Plague in India, 1896, 1897 - Volume 2
Year: 1896
Disease focus: Plague
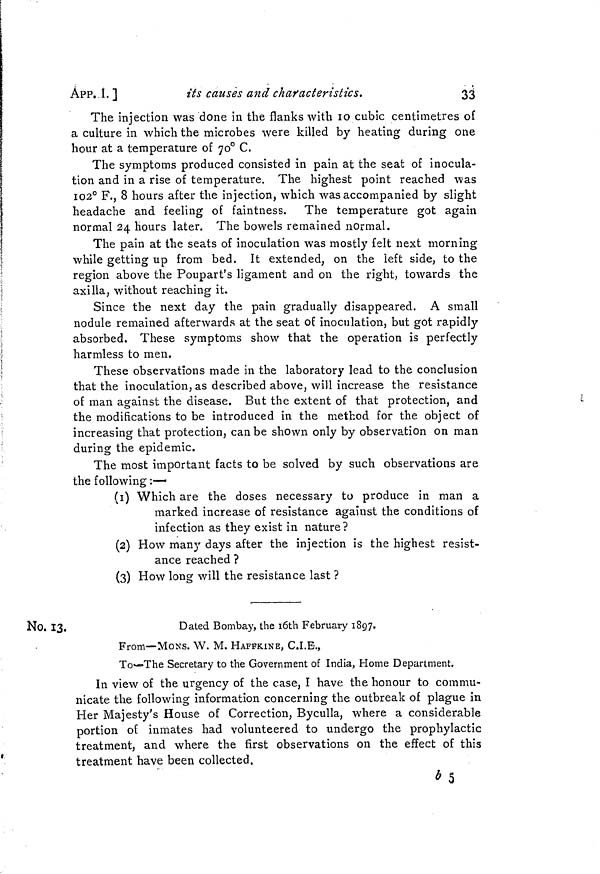
ÁPP. I. ]
its causes and characteristics.
33
The injection was done in the flanks with 10 cubic centimetres of
a culture in which the microbes were killed by heating during one
hour at a temperature of 70° C.
The symptoms produced consisted in pain at the seat of inocula-
tion and in a rise of temperature. The highest point reached was
102° F., 8 hours after the injection, which was accompanied by slight
headache and feeling of faintness. The temperature got again
normal 24 hours later. The bowels remained normal.
The pain at the seats of inoculation was mostly felt next morning
while getting up from bed. It extended, on the left side, to the
region above the Poupart's ligament and on the right, towards the
axilla, without reaching it.
Since the next day the pain gradually disappeared. A small
nodule remained afterwards at the seat of inoculation, but got rapidly
absorbed. These symptoms show that the operation is perfectly
harmless to men.
These observations made in the laboratory lead to the conclusion
that the inoculation, as described above, will increase the resistance
of man against the disease. But the extent of that protection, and
the modifications to be introduced in the method for the object of
increasing that protection, can be shown only by observation on man
during the epidemic.
The most important facts to be solved by such observations are
the following :—
(1) Which are the doses necessary to produce in man a
marked increase of resistance against the conditions of
infection as they exist in nature?
(2) How many days after the injection is the highest resist-
ance reached ?
(3) How long will the resistance last ?
No. 13.
Dated Bombay, the l0th February 1897.
From—MONS. W. M. HAFFKINE, C.I.E.,
To—The Secretary to the Government of India, Home Department.
In view of the urgency of the case, I have the honour to commu-
nicate the following information concerning the outbreak of plague in
Her Majesty's House of Correction, Byculla, where a considerable
portion of inmates had volunteered to undergo the prophylactic
treatment, and where the first observations on the effect of this
treatment have been collected,
b5